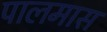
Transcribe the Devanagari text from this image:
पालमास